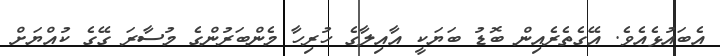
އެބައުޅެއެވެ. އޭގެތެރެއިން ބޮޑު ބަޔަކީ އާއިލާގެ ހުރިހާ މެންބަރުންގެ މުސާރަ ގޭގެ ކުއްޔަށް